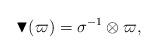
LaTeX: \begin{align*}\blacktriangledown (\varpi ) = \sigma^{-1} \otimes \varpi ,\end{align*}